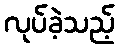
လုပ်ခဲ့သည့်